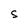
Character: S